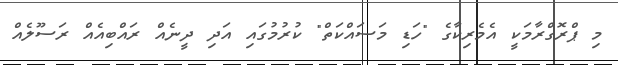
މި ޕްރޮގްރާމަކީ އެމެރިކާގެ "ހަޑި މަސައްކަތް" ކުރުމުގައި އަދި ދީނެއް ރައްބިއެއް ރަސޫލެއް